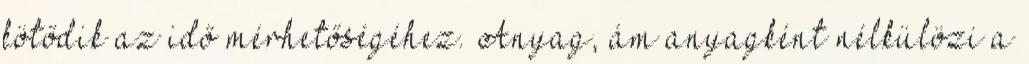
kötődik az idő mérhetőségéhez. Anyag, ám anyagként nélkülözi a